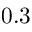
0 . 3